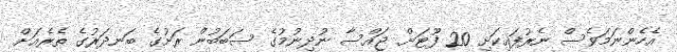
އެހެންނަމަވެސް ނެރުފައިކަށި 20 ފޫޓަށް ޖައްސާ ނުދިނުމުގެ ސަބަބުން ރަށުގެ ބަނދަރުގެ ތެރެއަށް